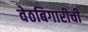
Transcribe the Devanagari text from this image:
वेठबिगारीची